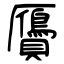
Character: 贗